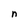
Character: n